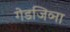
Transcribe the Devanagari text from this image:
गेडजिव्ना